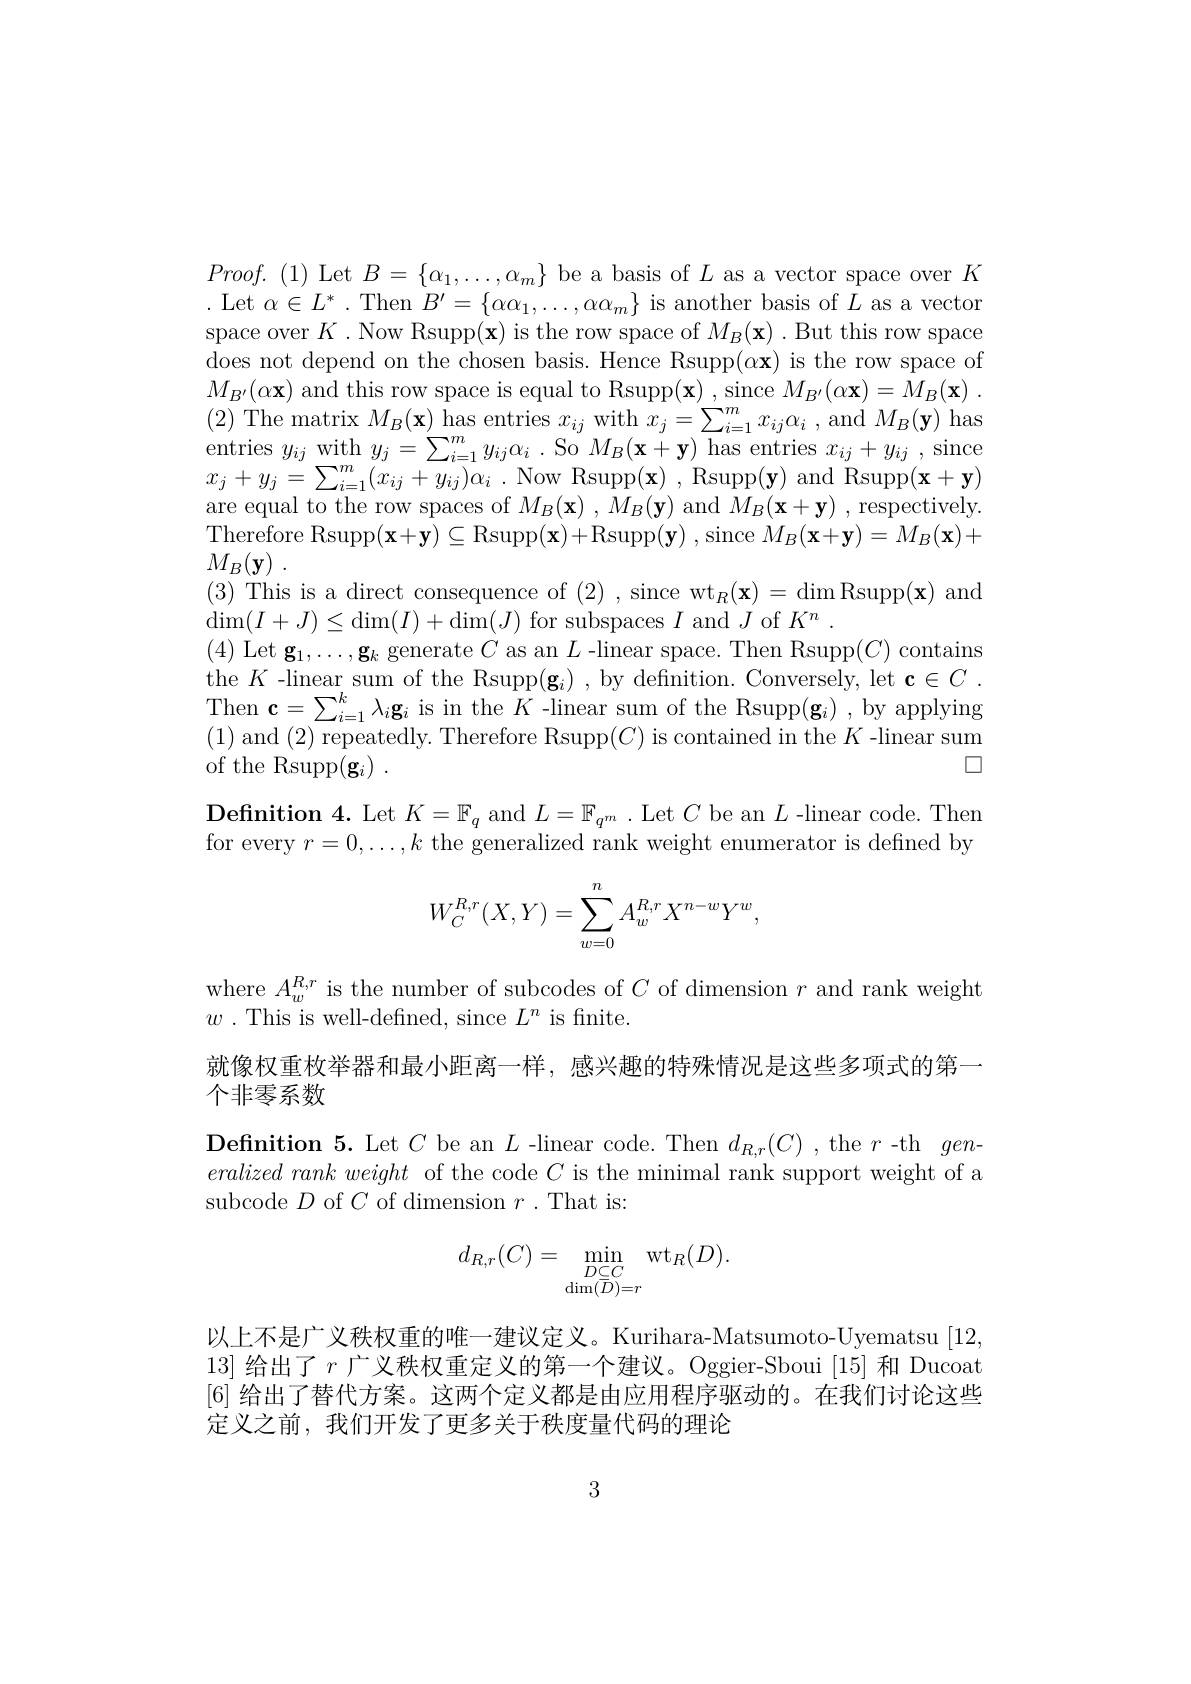
$Proof.(1)$ Let $B=\{\alpha_{1},\ldots,\alpha_{m}\}$ be a basis of $L$ as a vector space over $K$ . Let $\alpha\in L^*$ .Then $B^\prime=\{\alpha\alpha_1,\ldots,\alpha\alpha_m\}$ is another basis of $L$ as a vector space over $K.$ Now Rsupp(x) is the row space of $M_B(\mathbf{x}).$ But this row space does not depend on the chosen basis. Hence Rsupp$(\alpha\mathbf{x})$ is the row space of $M_{B^{\prime}}(\alpha\mathbf{x})$ and this row space is equal to Rsupp$( \mathbf{x} )$ ,since $M_B^{\prime }( \alpha \mathbf{x} ) = M_B( \mathbf{x} )$ . (2) The matrix $M_B(\mathbf{x})$ has entries $x_ij$ with $x_j=\sum_i=1^{m}x_{ij}\alpha_i$, and $M_B(\mathbf{y})$ has entries $y_{ij}$ with $y_{j}=\sum_{i=1}^{m}y_{ij}\alpha_{i}$ . So $M_B(\mathbf{x}+\mathbf{y})$ has entries $x_ij+y_{ij}$ , since $x_{j}+ y_{j}= \sum _{i= 1}^{m}( x_{ij}+ y_{ij}) \alpha _{i}$ .Now Rsupp$( \mathbf{x} )$ ,Rsupp$(\mathbf{y})$and Rsupp$(\mathbf{x}+\mathbf{y})$ are equal to the row spaces of $M_B(\mathbf{x})$ , $M_B(\mathbf{y})$ and $M_B(\mathbf{x}+\mathbf{y})$ , respectively. Therefore Rsupp$(\mathbf{x}+\mathbf{y})\subseteq$Rsupp$(\mathbf{x})+$Rsupp$(\mathbf{y})$,since $M_B(\mathbf{x}+\mathbf{y})=M_B(\mathbf{x})+$ $M_{B}( \mathbf{y} )$ .
(3) This is a direct consequence of (2), since wt$_R(\mathbf{x})=\dim$Rsupp$(\mathbf{x})$ and
$\dim(I+J)\leq\dim(I)+\dim(J)$ for subspaces $I$ and $J$ of $K^n.$
(4) Let $\mathbf{g}_1,\ldots,\mathbf{g}_k$ generate $C$ as an $L$ -linear space. Then Rsupp$(C)$ contains the $K$ -linear sum of the Rsupp$(\mathbf{g}_{i})$, by defnition. Conversely, let $\mathbf{c} \in C$ . Then $\mathbf{c}=\sum_{i=1}^{k}\lambda_{i}\mathbf{g}_{i}$ is in the $K$ -linear sum of the Rsupp$(\mathbf{g}_{i})$,by applying (1) and (2) repeatedly. Therefore Rsupp$(C)$ is contained in the $K$ -linear sum
$\square$
of the Rsupp$( \mathbf{g} _i)$ .
$\textbf{Definition 4. Let }K= \mathbb{F} _{q}$ and $L=\mathbb{F}_{q^{m}}$ .Let $C$ be an $L$ -linear code. Then for every $r=0,\ldots,k$ the generalized rank weight enumerator is defined by
$$W_C^{R,r}(X,Y)=\sum_{w=0}^nA_w^{R,r}X^{n-w}Y^w,$$
where $A_w^{R,r}$ is the number of subcodes of $C$ of dimension $r$ and rank weight
$w.{\mathrm{~This~is~well-defined,~since~}L^{n}}{\mathrm{~is~finite.}}$
就像权重枚举器和最小距离一样，感兴趣的特殊情况是这些多项式的第一
个非零系数
Definition 5. Let $C$ be an $L$ -linear code. Then $d_R,r(C)$ , the $r$-thgen- $eralized~rank~weight~$of the code $C$ is the minimal rank support weight of a subcode $D$ of $C$ of dimension $r.$That is:
$$d_{R,r}(C)=\min_{\substack{D\subseteq C}{\dim(\overline D)=r}}\mathrm{wt}_{R}(D).$$
以上不是广义秩权重的唯一建议定义。Kurihara-Matsumoto-Uyematsu [12, 13]给出了$r$广义秩权重定义的第一个建议。Oggier-Sboui[15]和 Ducoat [6] 给出了替代方案。这两个定义都是由应用程序驱动的。在我们讨论这些定义之前，我们开发了更多关于秩度量代码的理论

3